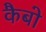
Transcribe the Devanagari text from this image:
कैबो